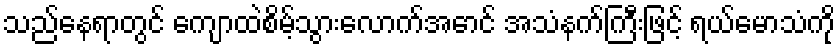
သည်နေရာတွင် ကျောထဲစိမ့်သွားလောက်အောင် အသံနက်ကြီးဖြင့် ရယ်မောသံကို